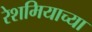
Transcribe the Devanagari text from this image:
रेशमियाच्या